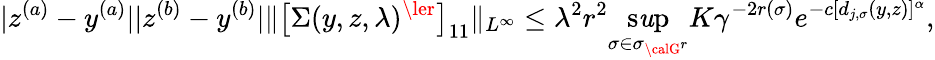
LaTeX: |z^{(a)}-y^{(a)}||z^{(b)}-y^{(b)}|\Vert\big[\Sigma(y,z,\lambda)^{\ler}\big]_{11}\Vert_{L^{\infty}}\le\lambda^{2}r^{2}\operatorname*{s\mathit{u}p}_{\sigma\in\sigma_{{\calG}^{r}}}K\gamma^{-2r(\sigma)}e^{-c[d_{j,\sigma}(y,z)]^{\alpha}},